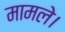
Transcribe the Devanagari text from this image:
मामले।